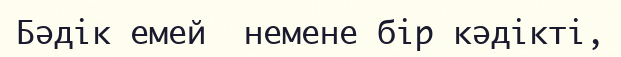
Бәдік емей  немене бір кәдікті,